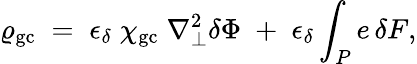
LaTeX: \varrho_{\mathrm{gc}}\; =\; \epsilon_{\delta}\; \chi_{\mathrm{gc}}\; \nabla_{\bot}^{2}\delta\Phi\; +\; \epsilon_{\delta}\int_{P}e\, \delta F,